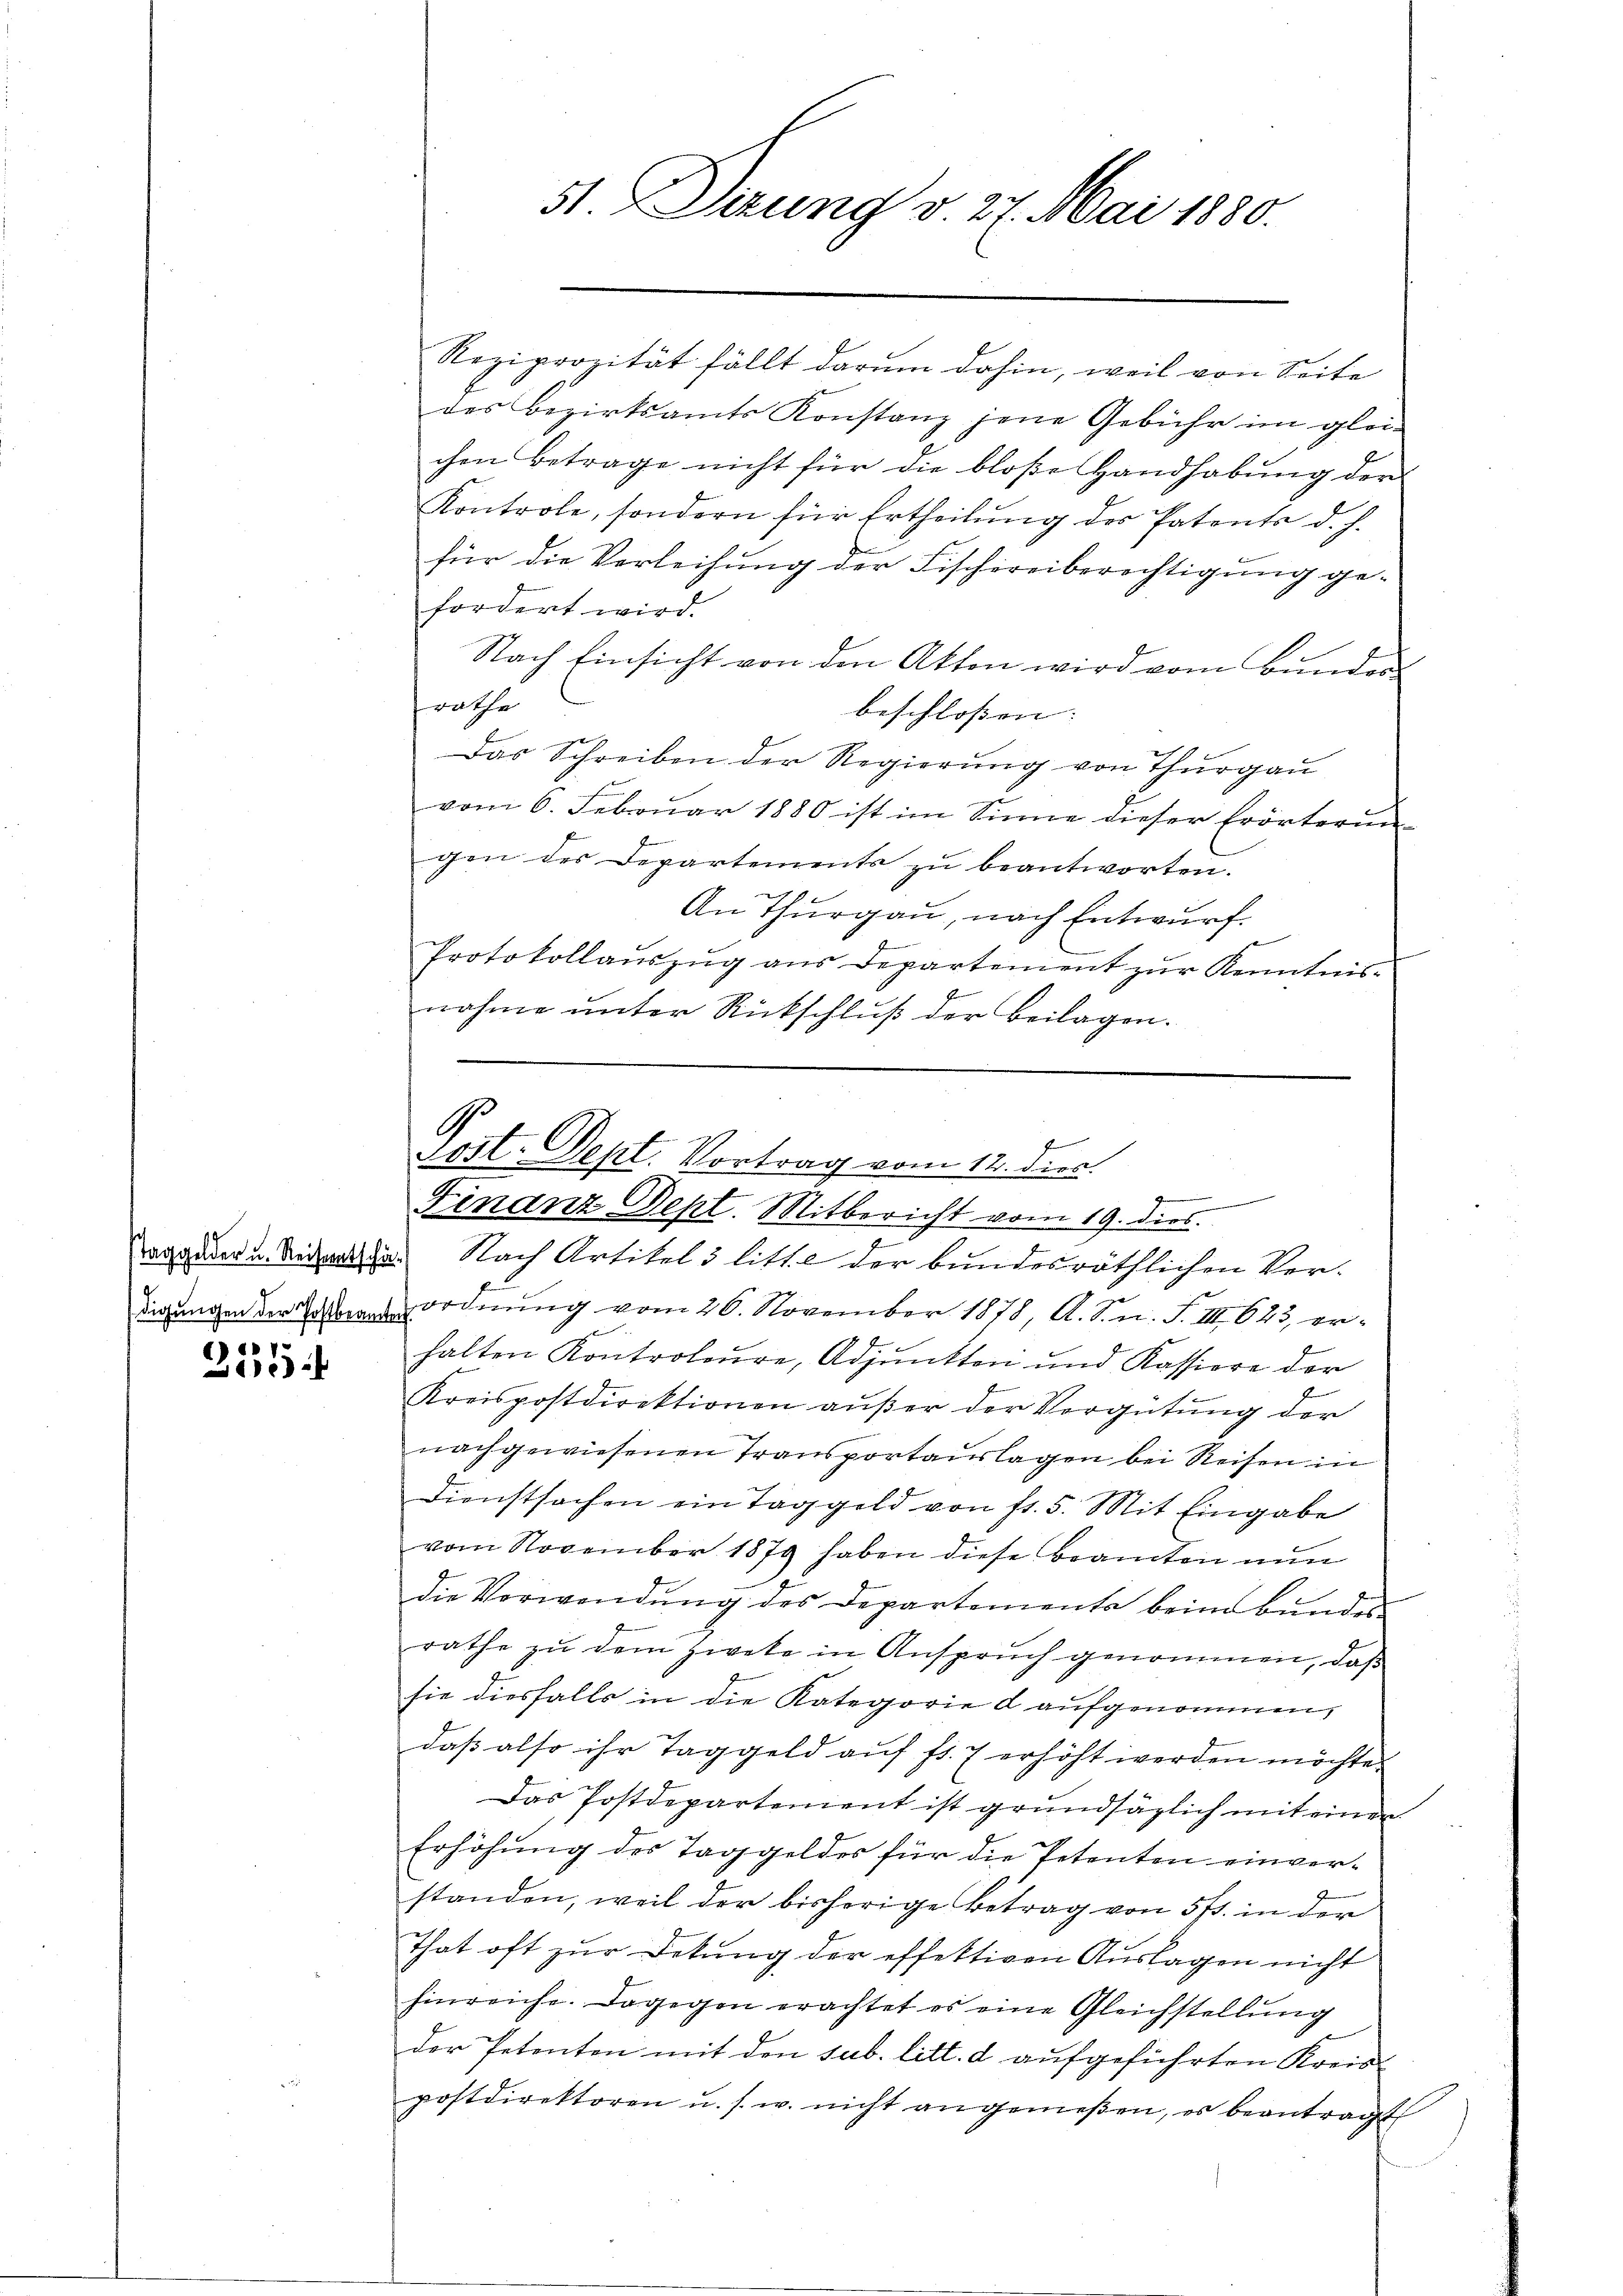
)
4

51. Dezung v. 27. Mai 1880.

Reziprozität fällt darum dahin, weil von Seite
des Bezirksamts Konstanz jene Gebühr im glei-
chen Betrage nicht für die bloße Handhabung der
Kontrole, sondern für Ertheilŭng des Patents d. h.
für die Verleihung der Fischereiberechtigung gefordert wird.
Nach Einsicht von den Akten wird vom Bunders
rathe
beschlossen: |
Das Schreiben der Regierŭng von Thurgau
vom 6. Februar 1880 ist im Sinne dieser Erörterun-
gen des Departements zu beantworten.
An Thurgau, nach Entwurf.
Protokollauszug aus Departement zur Kenntnis-
nahme unter Rückschluß der Beilagen.

digungen der Gasanordnung vom 26. November 1878, A. S. n. F. III 623, erhalten Kontroleure, Adjunkten und Kassiere der
Kreispostdirektionen außer der Vergütung der
nachgewiesenen Transportauslagen bei Reisen in
Dienstsachen ein Taggeld von fr. 5. Mit Eingabe
vom November 1879 haben diese Beamten nun
die Vorwendung des Departemente beim Bundes-
rathe zu dem zweke in Anspruch genommen, daß
sie diesfalls in die Kategorie d aufgenommen,
daß also ihr Taggeld auf fr. 7 erhöht werden möchte.
Das Postdepartement ist grundsäglich mit einen
Erhöhung des Taggeldes für die Petenten einverstanden, weil der bisherige Betrag von 5 f. in der
That oft zur Dekŭng der effektiven Auslagen nicht
hinreiche. Dagegen erachtet es eine Gleichstellung
der Petenten mit den sub. litt. d aufgeführten Kreis-
postdirektoren u. s. w. nicht angemeßen, es beantragt

G
J
Sost. Sept. Vortrag vom 12. dies
e
Finanz Sept. Mitbericht vom 19. dies
aggader u. Meine Nach Artikel 3 litt. e der bundesräthlichen Ver¬